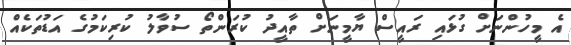
އެ މީހުންނަށް ގުޅައި ރައީސް ޔާމީނަށް ތާއީދު ކުރަންތޯ ސުވާލު ކުރިކަމުގެ އަޑުތަކެއް